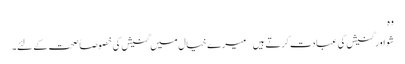
وہ
شو اور گنیش کی عبادت کرتے ہیں – میرے خیال میں گنیش کی خصوصاً صحت کے لئے۔